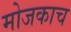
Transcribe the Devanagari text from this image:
मोजकाच